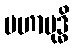
မဟာဗုဒ္ဓိ